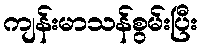
ကျန်းမာသန်စွမ်းပြီး